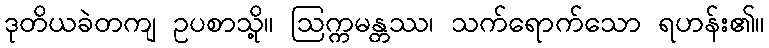
ဒုတိယခဲတကျ ဥပစာသို့။ ဩက္ကမန္တဿ၊ သက်ရောက်သော ရဟန်း၏။